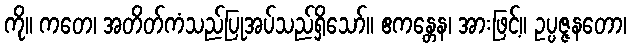
ကို။ ကတေ၊ အတိတ်ကံသည်ပြုအပ်သည်ရှိသော်။ ဧကန္တေန၊ အားဖြင့်။ ဥပ္ပဇ္ဇနတော၊